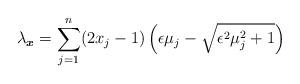
LaTeX: \begin{align*}\lambda_{\boldsymbol{x}}=\sum_{j=1}^n(2x_j-1)\left(\epsilon\mu_j-\sqrt{\epsilon^2\mu_j^2+1}\right)\end{align*}